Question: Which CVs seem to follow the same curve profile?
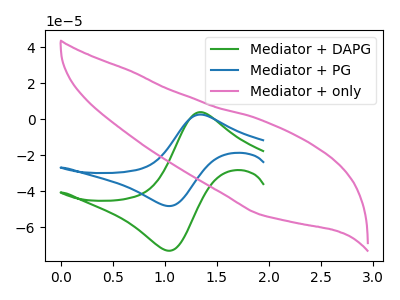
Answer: <think>The green curve "Mediator + DAPG" has an anodic peak at (1.35V, 3.95uA) and a cathodic peak at (1.05V, -73.15uA). The blue curve "Mediator + PG" has an anodic peak at (1.35V, 2.60uA) and a cathodic peak at (1.05V, -48.30uA). The pink curve "Mediator + only" has no peaks.
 All the peaks in "Mediator + DAPG" have a peak in "Mediator + PG" at the same potential. Every peak in "Mediator + DAPG" is higher than every peak in "Mediator + PG". "Mediator + DAPG" and "Mediator + only" have a different number of peaks. "Mediator + PG" and "Mediator + only" have a different number of peaks.</think>
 <answer>"Mediator + DAPG" and "Mediator + PG" have the same shape and are likely CV's of the same chemical.</answer>
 <eval>"Mediator + DAPG" "Mediator + PG"</eval>